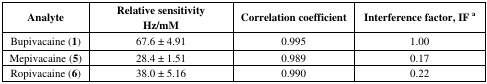
<table><thead><tr><td><b>Analyte</b></td><td><b>Relative sensitivity Hz/mM</b></td><td><b>Correlation coefficient </b></td><td><b>Interference factor, IF <sup>a</sup></b></td></tr></thead><tbody><tr><td>Bupivacaine (<b>1</b>)</td><td>67.6 ± 4.91</td><td>0.995</td><td>1.00</td></tr><tr><td>Mepivacaine (<b>5</b>)</td><td>28.4 ± 1.51</td><td>0.989</td><td>0.17</td></tr><tr><td>Ropivacaine (<b>6</b>)</td><td>38.0 ± 5.16</td><td>0.990</td><td>0.22</td></tr></tbody></table>